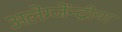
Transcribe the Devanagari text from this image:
अलेग्जेंन्द्रीया